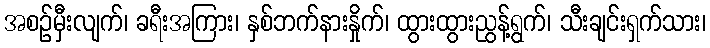
အစဉ်မှီးလျက်၊ ခရီးအကြား၊ နှစ်ဘက်နားနှိုက်၊ ထွားထွားညွန့်ရွက်၊ သီးချင်းရှက်သား၊